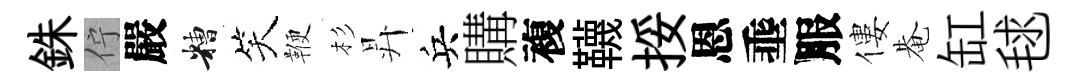
銖佇嚴糟笑鞭杉昇兵購複韈挼恩埀服僂𤲅缸毬